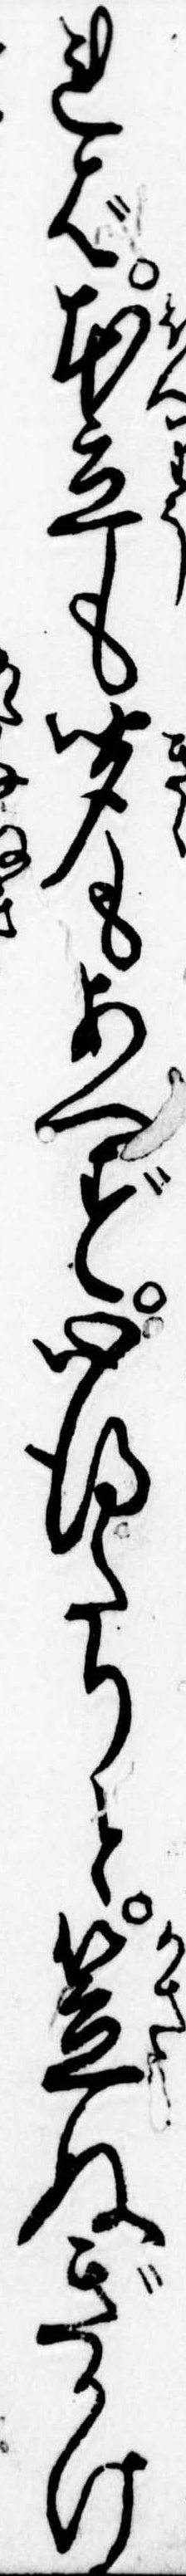
れば本立も聞もあへず心得たりと笠ぬぎかけ